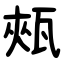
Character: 㼪